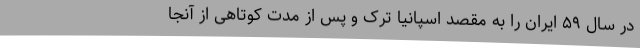
در سال ۵۹ ایران را به مقصد اسپانیا ترک و پس از مدت کوتاهی از آنجا